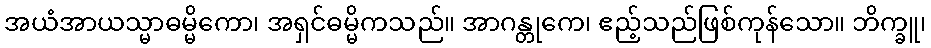
အယံအာယသ္မာဓမ္မိကော၊ အရှင်ဓမ္မိကသည်။ အာဂန္တုကေ၊ ဧည့်သည်ဖြစ်ကုန်သော။ ဘိက္ခူ၊